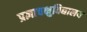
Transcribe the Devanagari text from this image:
प्रज्ञाचक्षुविद्यालय